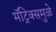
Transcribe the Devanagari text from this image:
मॅट्रिक्समुळे